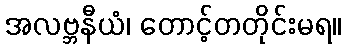
အလဗ္ဘနီယံ၊ တောင့်တတိုင်းမရ။